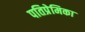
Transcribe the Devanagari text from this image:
पतिप्रेमिका